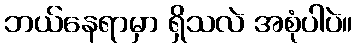
ဘယ်နေရာမှာ ရှိသလဲ အစုံပါပဲ။